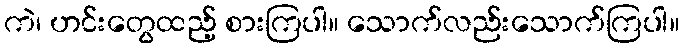
ကဲ၊ ဟင်းတွေထည့် စားကြပါ။ သောက်လည်းသောက်ကြပါ။